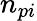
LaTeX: n_{pi}